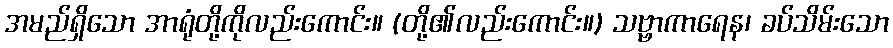
အမည်ရှိသော အာရုံတို့ကိုလည်းကောင်း။ (တို့၏လည်းကောင်း။) သဗ္ဗာကာရေန၊ ခပ်သိမ်းသော